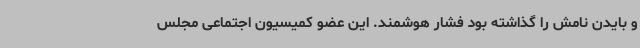
و بایدن نامش را گذاشته بود فشار هوشمند. این عضو کمیسیون اجتماعی مجلس